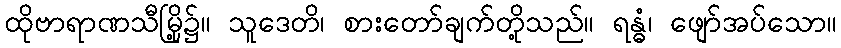
ထိုဗာရာဏသီမြို့၌။ သူဒေတိ၊ စားတော်ချက်တို့သည်။ ရန္ဓံ၊ ဖျော်အပ်သော။